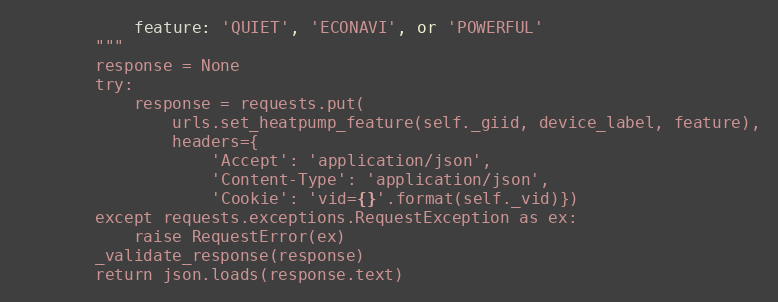
Language: Python
            feature: 'QUIET', 'ECONAVI', or 'POWERFUL'
        """
        response = None
        try:
            response = requests.put(
                urls.set_heatpump_feature(self._giid, device_label, feature),
                headers={
                    'Accept': 'application/json',
                    'Content-Type': 'application/json',
                    'Cookie': 'vid={}'.format(self._vid)})
        except requests.exceptions.RequestException as ex:
            raise RequestError(ex)
        _validate_response(response)
        return json.loads(response.text)